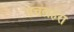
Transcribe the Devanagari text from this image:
पचलहरा